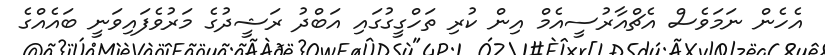
އެހެން ނަމަވެސް އެޗްއާރުސީއެމް އިން ކުރި ތަހްގީގުގައި އަބްދު ރަޝީދުގެ މަރުވެފައިވަނީ ބައެއްގެ